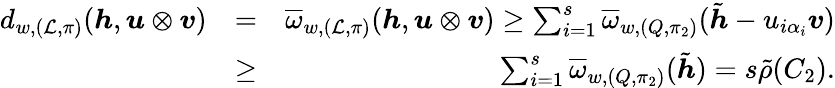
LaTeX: \begin{array}{rlr}{d_{w,(\mathcal{L},\pi)}(\boldsymbol{h},\boldsymbol{u}\otimes\boldsymbol{v})}&{=}&{\overline{{\omega}}_{w,(\mathcal{L},\pi)}(\boldsymbol{h},\boldsymbol{u}\otimes\boldsymbol{v})\geq\sum_{i=1}^{s}\overline{{\omega}}_{w,(Q,\pi_{2})}(\tilde{\boldsymbol{h}}-u_{i\alpha_{i}}\boldsymbol{v})}\\ &{\geq}&{\sum_{i=1}^{s}\overline{{\omega}}_{w,(Q,\pi_{2})}(\tilde{\boldsymbol{h}})=s\tilde{\rho}(C_{2}).}\end{array}